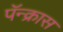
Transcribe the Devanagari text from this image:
पॅन्क्रास